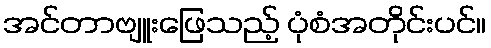
အင်တာဗျူးဖြေသည့် ပုံစံအတိုင်းပင်။